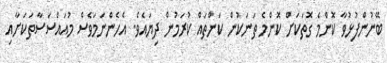
ބޭނުންފުޅުވާ ކޮންމެ ގޮތަކަށް ކޮންމެ ތަނަކުން ކަންތައް ކުރަމުން ދިޔައެވެ. އެހެންނަމަވެސް މުއައްސަސާތަކަށާއި